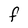
Character: F